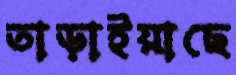
তাড়াইয়াছে